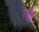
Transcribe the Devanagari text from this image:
त्यौं